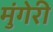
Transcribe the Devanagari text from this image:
मुंगेरी